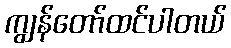
ကျွန်တော်ထင်ပါတယ်